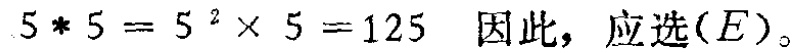
$5*5 = 5^{2}\times 5 = 125$ 因此，应选$(E)$。